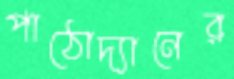
পাঠোদ্যানের